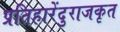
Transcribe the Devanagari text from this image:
प्रतिहारेंदुराजकृत